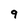
Character: 9